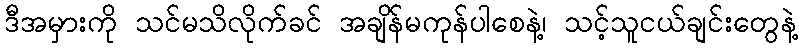
ဒီအမှားကို သင်မသိလိုက်ခင် အချိန်မကုန်ပါစေနဲ့၊ သင့်သူငယ်ချင်းတွေနဲ့